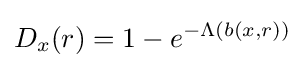
D_{x}(r)=1-e^{-\Lambda (b(x,r))}